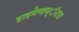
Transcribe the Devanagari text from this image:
हाइमेनाम्‌ॅटरा